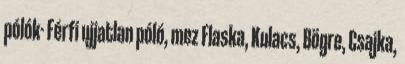
pólók- Férfi ujjatlan póló, mez Flaska, Kulacs, Bögre, Csajka,